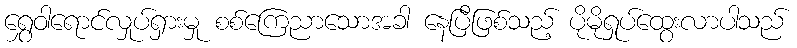
ရွှေဝါရောင်လှုပ်ရှားမှု စစ်ကြေညာသောအခါ နေပြီဖြစ်သည့် ပိုမိုရှုပ်ထွေးလာပါသည်